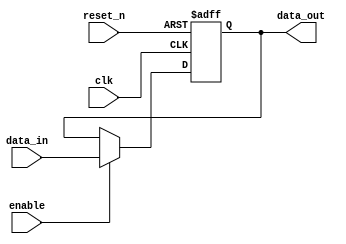
module output_register (
    input wire clk,          // Clock signal
    input wire reset_n,      // Asynchronous active-low reset signal
    input wire enable,       // Enable signal
    input wire [WIDTH-1:0] data_in, // Data input from combinational logic
    output reg [WIDTH-1:0] data_out // Output register
);
    parameter WIDTH = 8; // Define the width of the register (default is 8 bits)

    // Always block for synchronous operation
    always @(posedge clk or negedge reset_n) begin
        if (!reset_n) begin
            data_out <= {WIDTH{1'b0}}; // Reset output to zero
        end else if (enable) begin
            data_out <= data_in; // Capture data on clock edge if enabled
        end
        // If enable is low, retain the previous value of data_out
    end
endmodule